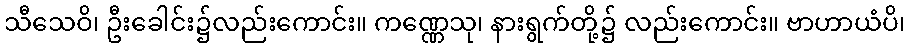
သီသေဝိ၊ ဦးခေါင်း၌လည်းကောင်း။ ကဏ္ဏေသု၊ နားရွက်တို့၌ လည်းကောင်း။ ဗာဟာယံပိ၊